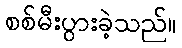
စစ်မီးပွားခဲ့သည်။